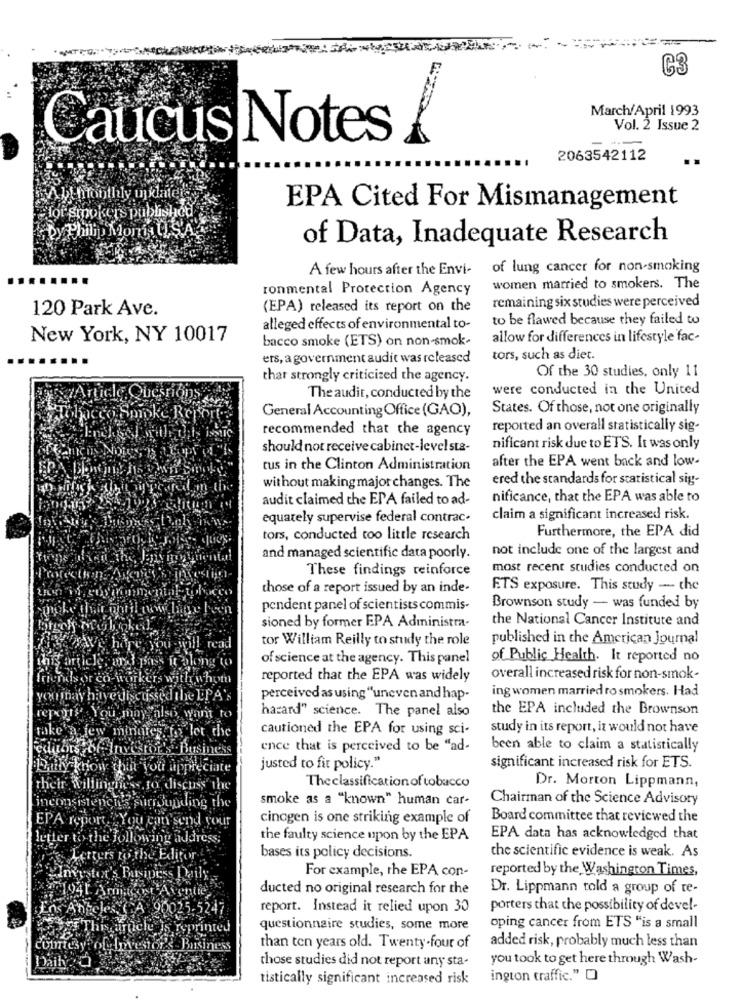
C3
March/April 1993
Vol. 2 Issue 2
aucus Notes
2063542112
Allmonthly ujklale
Flor smokers published
EPA Cited For Mismanagement
Dy Philip Mont U.S'A
of Data, Inadequate Research
A few hours after the Envi- of lung cancer for non-smoking
ronmental Protection Agency
women married to smokers. The
remaining six studies were perceived
120 Park Ave.
(EPA) released its report on the
to be flawed because they failed to
alleged effects of environmental to-
New York, NY 10017
bacco smoke (ETS) on non-smok-
allow for differences in lifestyle fac-
ers, a government audit was released
tors, such as diet.
that strongly criticized the agency.
Of the 30 studies, only 11
were conducted in the United
The audit, conducted by the
General Accounting Office (GAO),
States. Of those, not one originally
recommended that the agency
reported an overall statistically sig-
should not receive cabinet-level sta-
nificant risk due to ETS. It was only
tus in the Clinton Administration
after the EPA went back and low-
ered the standards for statistical sig-
without making major changes. The
audit claimed che ETA failed to ad-
nificance, that the EPA was able to
equately supervise federal contrac-
claim a significant increased risk.
Furthermore, the EPA did
tors, conducted too little research
not include one of the largest and
and managed scientific data poorly.
These findings reinforce
most recent studies conducted on
those of a report issued by an inde-
ETS exposure. This study - the
pendent panel of scientists commis-
Brownson study - was funded by
sioned by former EPA Administra-
the National Cancer Institute and
tor William Reilly to study the role
published in the American Journal
I read
article, art
Sass it along to
of science at the agency. This panel
of Public Health. It reported no
friendsor co workers wi
thwhom
reported that the EPA was widely
overall increased risk for non-smok-
ing women married ro smokers. Had
you may have discussed the EPA's
perceived as using "uneven and hap-
the EPA included the Brownson
repairy' You may also want to
hazard" science. The panel also
cautioned the EPA for using sci-
study in its report, it would not have
make'a few minutes to let the
edubrs be Invemor's Business
ence that is perceived to be "ad-
been able to claim a statistically
Daily know thin you appreciate
justed to fit policy."
significant increased risk for ETS.
The classification oftobacco
their Willingness.to discuss the
Dr. Morton Lippmann,
smoke as a "known" human car-
Chairman of the Science Advisory
inconsistenchs surrounding the
EPA report "You can'send your
cincgen is one striking example of
Board committee that reviewed the
letter to the following address;
the faulty science upon by the EPA
EPA data has acknowledged that
Letters to the Editor
bases its policy decisions.
the scientific evidence is weak. As
For example, the EPA con-
reported by the Washington Times,
myster's Business Daily
ducted no original research for the
Dr. Lippmann told a group of te-
os Anteles ICA 90025-5247
report. Instead it relied upon 30
porters that the possibility of devel-
Thisarticle is
le JS reprinted
questionnaire studies, some more
oping cancer from ETS "is a small
added risk, probably much less than
Comm By oflovesor's Business
than ten years old. Twenty-four of
Dailgo
those studies did not report any sta-
you took to get here through Wash-
tistically significant increased risk
ington traffic." O